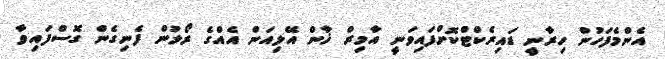
އެންމެފަހުން ހިރާނީ ޑައިރެކްޓްކޮށްފައިވަނީ އާމިރް ޚާން އޭލިއަން އެއްގެ ރޯލުން ފެނިގެން ގޮސްފައިވާ